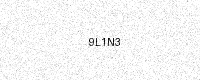
Text: 9L1N3